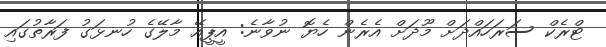
ޓްރެކް ސަރަހައްދަށް މޫދަށް އެރެން ހެޔޮ ނުވާނެ: އީޕީއޭ މާލޭގެ ހުނޅަގު ފަރާތުގައި